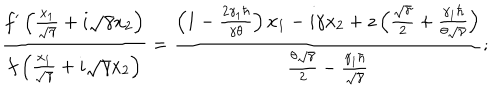
\frac { f ^ { \prime } \left( \frac { x _ { 1 } } { \sqrt { \gamma } } + i \sqrt { \gamma } x _ { 2 } \right) } { f \left( \frac { x _ { 1 } } { \sqrt { \gamma } } + i \sqrt { \gamma } x _ { 2 } \right) } = \frac { \left( 1 - \frac { 2 \gamma _ { 1 } \hbar } { \gamma \theta } \right) x _ { 1 } - i \gamma x _ { 2 } + z \left( \frac { \sqrt { \gamma } } { 2 } + \frac { \gamma _ { 1 } \hbar } { \theta \sqrt { \gamma } } \right) } { \frac { \theta \sqrt { \gamma } } { 2 } - \frac { \gamma _ { 1 } \hbar } { \sqrt { \gamma } } } ;